画像に写った文字を読んでください
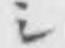
「シ」と書いてあります